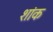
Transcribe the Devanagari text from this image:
शांक